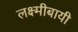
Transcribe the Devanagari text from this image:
लक्ष्मीबायी